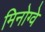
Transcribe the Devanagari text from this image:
मिनोग्वे